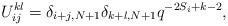
LaTeX: \begin{align*}U_{ij}^{kl} = \delta_{i+j,N+1}\delta_{k+l,N+1} q^{-2S_i+k-2},\end{align*}